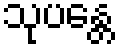
သုပန္တေ